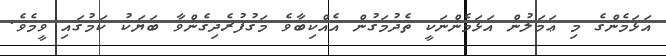
އަޅަމެންގެ މި ޢަމަލުން އަޅަމެންނަކީ ތެދުމަގުން އެއްކިބާވެ މަގުފުރެދިގެންވާ ބަޔަކު ކަމުގައި ވީމެވެ.